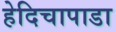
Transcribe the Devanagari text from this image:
हेदिचापाडा